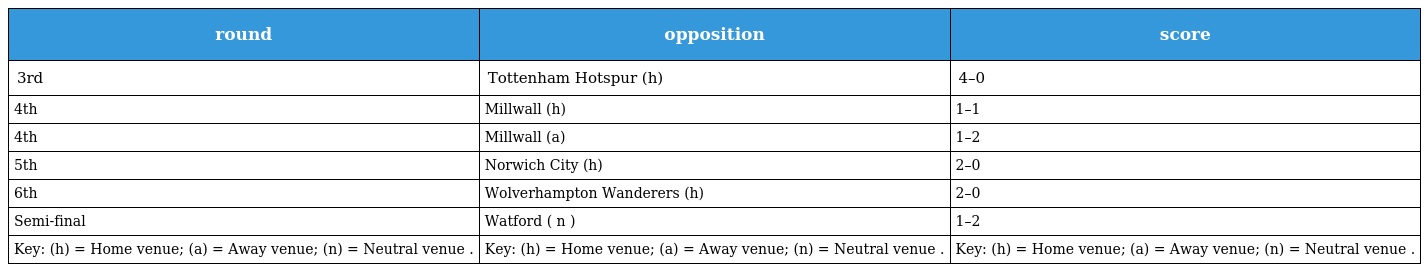
| round | opposition | score |
 | --- | --- | --- |
 | 3rd | Tottenham Hotspur (h) | 4–0 |
 | 4th | Millwall (h) | 1–1 |
 | 4th | Millwall (a) | 1–2 |
 | 5th | Norwich City (h) | 2–0 |
 | 6th | Wolverhampton Wanderers (h) | 2–0 |
 | Semi-final | Watford ( n ) | 1–2 |
 | Key: (h) = Home venue; (a) = Away venue; (n) = Neutral venue . | Key: (h) = Home venue; (a) = Away venue; (n) = Neutral venue . | Key: (h) = Home venue; (a) = Away venue; (n) = Neutral venue . |